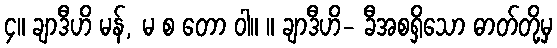
၄။ ချာဒီဟိ မန်, မ စ တော ဝါ။ ။ ချာဒီဟိ- ခီအစရှိသော ဓာတ်တို့မှ